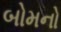
બોમનો